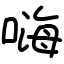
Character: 嗨